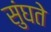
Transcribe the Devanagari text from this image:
सुंघते